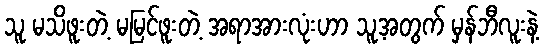
သူ မသိဖူးတဲ့ မမြင်ဖူးတဲ့ အရာအားလုံးဟာ သူ့အတွက် မှန်ဘီလူးနဲ့